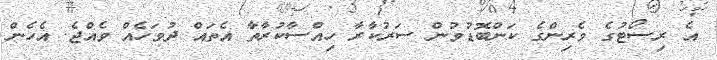
އެ ރިސޯޓުގެ ވެރިންގެ ކަންބޮޑުވުން ސަރުކާރާ ހިއްސާކުރާތާ އެތައް ދުވަހެއް ވެއްޖެ. އެހެން